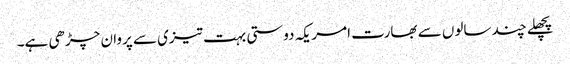
پچھلے چند سالوں سے بھارت امریکہ دوستی بہت تیزی سے پروان چڑھی ہے۔